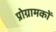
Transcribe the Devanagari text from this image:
प्रोग्रामकों